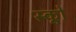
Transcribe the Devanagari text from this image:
स्कूों